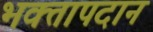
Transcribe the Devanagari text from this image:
भक्तापदान